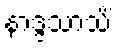
နာဒ္ဒသာသိံ